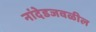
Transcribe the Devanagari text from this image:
नांदेडजवळील